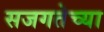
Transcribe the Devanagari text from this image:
सजगतेच्या